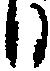
日